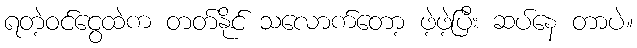
ရတဲ့ဝင်ငွေထဲက တတ်နိုင် သလောက်တော့ ဖဲ့ဖဲ့ပြီး ဆပ်နေ တာပဲ။